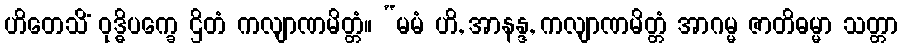
ဟိတေသိံ ဝုဒ္ဓိပက္ခေ ဌိတံ ကလျာဏမိတ္တံ။ “မမံ ဟိ, အာနန္ဒ, ကလျာဏမိတ္တံ အာဂမ္မ ဇာတိဓမ္မာ သတ္တာ